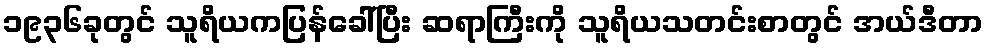
၁၉၃၆ခုတွင် သူရိယကပြန်ခေါ်ပြီး ဆရာကြီးကို သူရိယသတင်းစာတွင် အယ်ဒီတာ